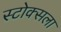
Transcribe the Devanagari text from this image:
स्टोक्सला